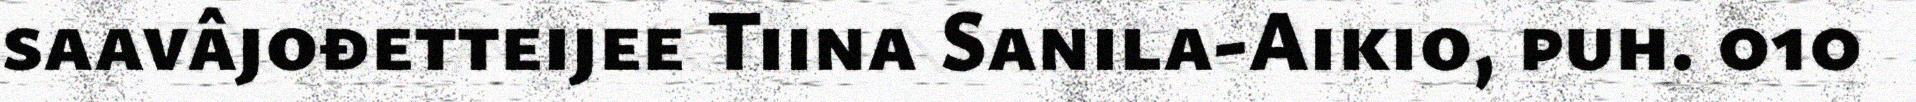
saavâjođetteijee Tiina Sanila-Aikio, puh. 010